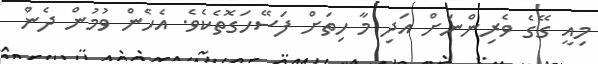
މިއީ ގޭގެ ވެރިންނަށް އަދި މާ ހިތަށް ފަސޭހަގޮތެކެވެ. އެހެން ވުމުން ދެން